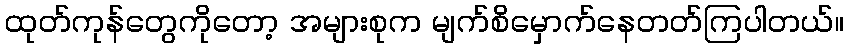
ထုတ်ကုန်တွေကိုတော့ အများစုက မျက်စိမှောက်နေတတ်ကြပါတယ်။